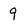
Character: 9